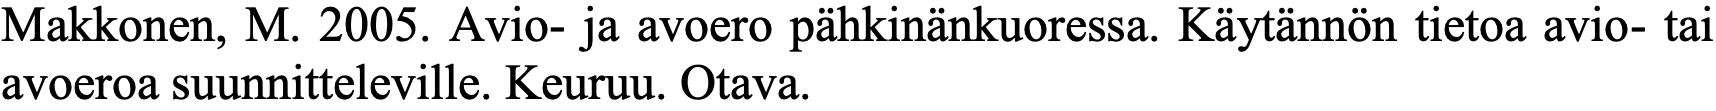
Makkonen, M. 2005. Avio- ja avoero pähkinänkuoressa. Käytännön tietoa avio- tai avoeroa suunnitteleville. Keuruu. Otava.